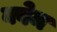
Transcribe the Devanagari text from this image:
क्वेम